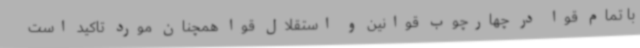
با تمام قوا در چهارچوب قوانین و استقلال قوا همچنان مورد تاکید است